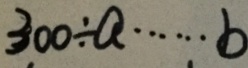
3 0 0 \div a \cdots b